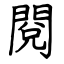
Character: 閱